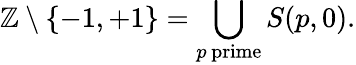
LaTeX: \mathbb{Z}\setminus\{ -1,+1\} =\bigcup_{p\mathrm{\, prime}}S(p,0).